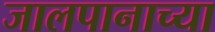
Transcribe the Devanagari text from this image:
जालपानाच्या